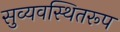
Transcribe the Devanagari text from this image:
सुव्यवस्थितरूप